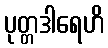
ပုတ္တဒါရေဟိ